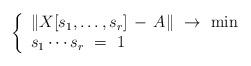
LaTeX: \begin{align*}\left\{\begin{array}{l}\|X[s_1, \ldots , s_r] \, - \, A\|\ \to \ \min\\s_1\cdots s_r\ = \ 1 \end{array}\right.\end{align*}